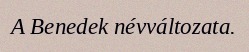
A Benedek névváltozata.